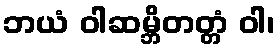
ဘယံ ဝါဆမ္ဘိတတ္တံ ဝါ၊